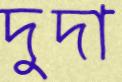
দুদা